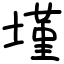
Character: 墐